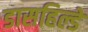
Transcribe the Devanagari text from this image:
डासहिल्डे